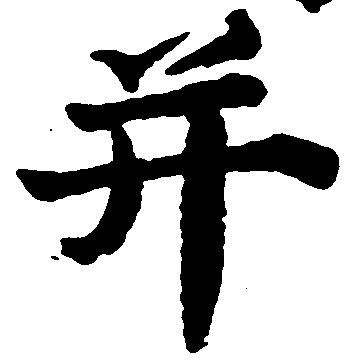
并